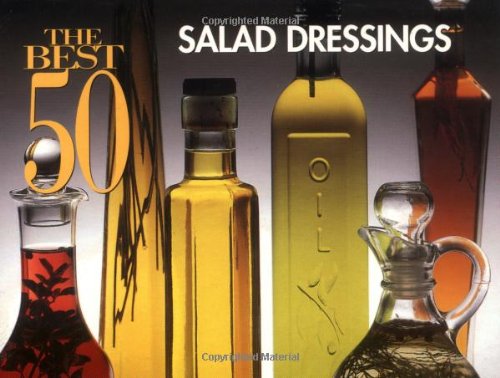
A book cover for The Best 50 Salad Dressings; Stacey Printz; Cookbooks, Food & Wine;